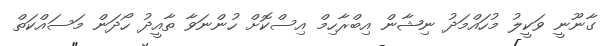
ގާނޫނީ ވަކީލު މުހައްމަދު ނިޝާން އިބްރާހިމް އިސްކޮށް ހުންނަވާ ތާއީދު ހޯދަން މަސައްކަތް